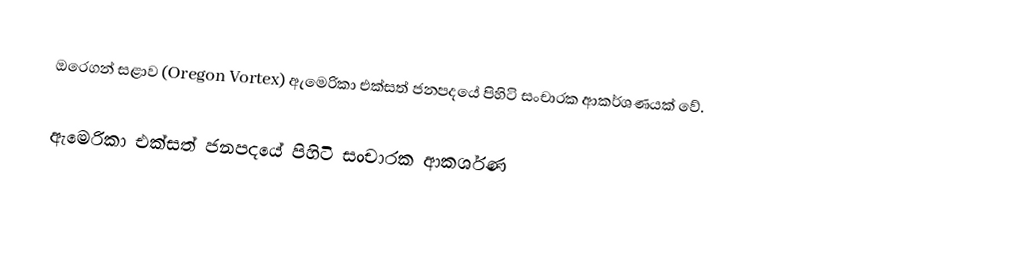
ඔරෙගන් සළාව (Oregon Vortex) ඇමෙරිකා එක්සත් ජනපදයේ පිහිටි සංචාරක ආකර්ශණයක් වේ.

ඇමෙරිකා එක්සත් ජනපදයේ පිහිටි සංචාරක ආකර්ශණ